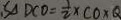
S _ { \Delta D C O } = \frac { 1 } { 2 } \times C O \times Q